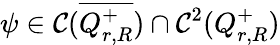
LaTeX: \psi\in\mathcal{C}(\overline{{{Q_{r,R}^{+}}}})\cap\mathcal{C}^{2}(Q_{r,R}^{+})